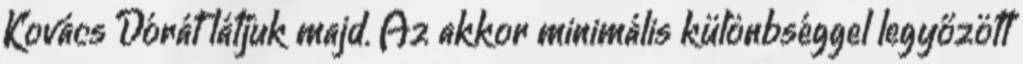
Kovács Dórát látjuk majd. Az akkor minimális különbséggel legyőzött